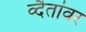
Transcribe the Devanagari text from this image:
व्दैतांवर